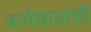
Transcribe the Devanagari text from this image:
कर्मचायांशी